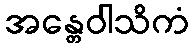
အန္တေဝါသိကံ